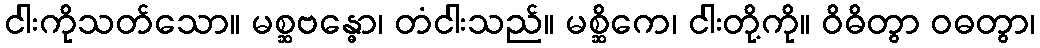
ငါးကိုသတ်သော။ မစ္ဆဗန္ဓော၊ တံငါးသည်။ မစ္ဆိကေ၊ ငါးတို့ကို။ ဝိဓိတွာ ဝဓတွာ၊